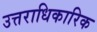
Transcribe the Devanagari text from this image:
उत्तराधिकारिक